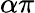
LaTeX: \alpha\pi